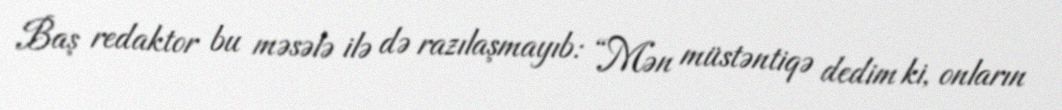
Baş redaktor bu məsələ ilə də razılaşmayıb: “Mən müstəntiqə dedim ki, onların